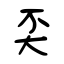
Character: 奀